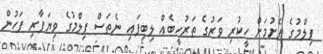
ފިލްމުގެ ފެށުމަށް ހީކުރި ވަރުގެ ތަރުހީބެއް ލިބިފައި ނެތަސް ފިލްމުގެ ވިޔަފާރި ފަހުން